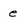
Character: e